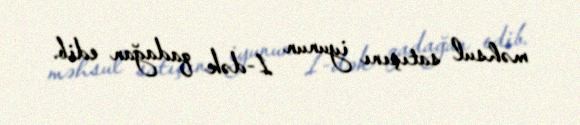
məhsul satışını iyunun 1-dək qadağan edib.